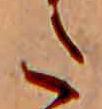
た